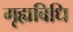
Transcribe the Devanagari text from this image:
गृह्यविधि